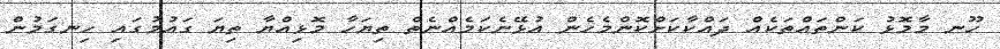
ހޫނ މާމޮޅު ކަންތައްތަކެއް ދައްކާކަށްކޮންމެހެން އުޅޭނެކަމެއްނެތް ތިޔަހާ މޮޅިއްޔާ ތިޔަ ގައުމުގައި ހިނގަމުން